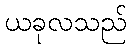
ယခုလသည်